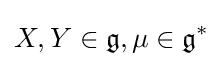
X,Y\in {\mathfrak {g}},\mu \in {\mathfrak {g}}^{*}